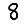
Digit: 8